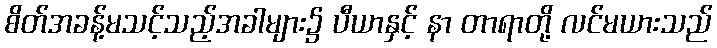
စိတ်အခန့်မသင့်သည့်အခါများ၌ ပီယာနှင့် နာ တာရာတို့ လင်မယားသည်